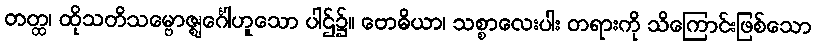
တတ္ထ၊ ထိုသတိသမ္ဗောဇ္ဈင်္ဂေါဟူသော ပါဌ်၌။ ဗောဓိယာ၊ သစ္စာလေးပါး တရားကို သိကြောင်းဖြစ်သော